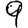
Digit: 9